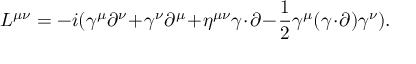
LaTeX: L ^ { \mu \nu } = - i ( \gamma ^ { \mu } \partial ^ { \nu } \! + \! \gamma ^ { \nu } \partial ^ { \mu } \! + \! \eta ^ { \mu \nu } \gamma \! \cdot \! \partial \! - \! { \frac { 1 } { 2 } } \gamma ^ { \mu } ( \gamma \! \cdot \! \partial ) \gamma ^ { \nu } ) .